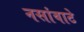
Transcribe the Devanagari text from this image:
नसांवाटे